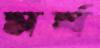
মর্ষ